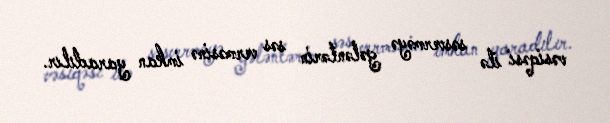
vəsiqəsi ilə səsverməyə gələnlərin səs verməsinə imkan yaradılır.